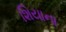
શિયાના